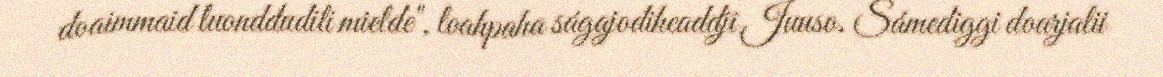
doaimmaid luonddudili mielde", loahpaha ságajođiheaddji Juuso. Sámediggi doarjalii